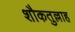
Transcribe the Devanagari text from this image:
शौकतुल्लाह